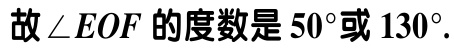
故\(\angle EOF\)的度数是\(50^{\circ}\)或\(130^{\circ}\).